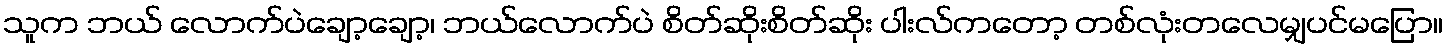
သူက ဘယ် လောက်ပဲချော့ချော့၊ ဘယ်လောက်ပဲ စိတ်ဆိုးစိတ်ဆိုး ပါးလ်ကတော့ တစ်လုံးတလေမျှပင်မပြော။